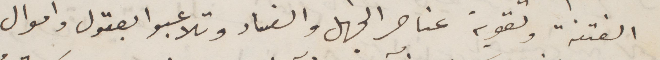
الفتنة وتقوية عناصر الجهل والفساد ولاتعبوا بعقول واموال